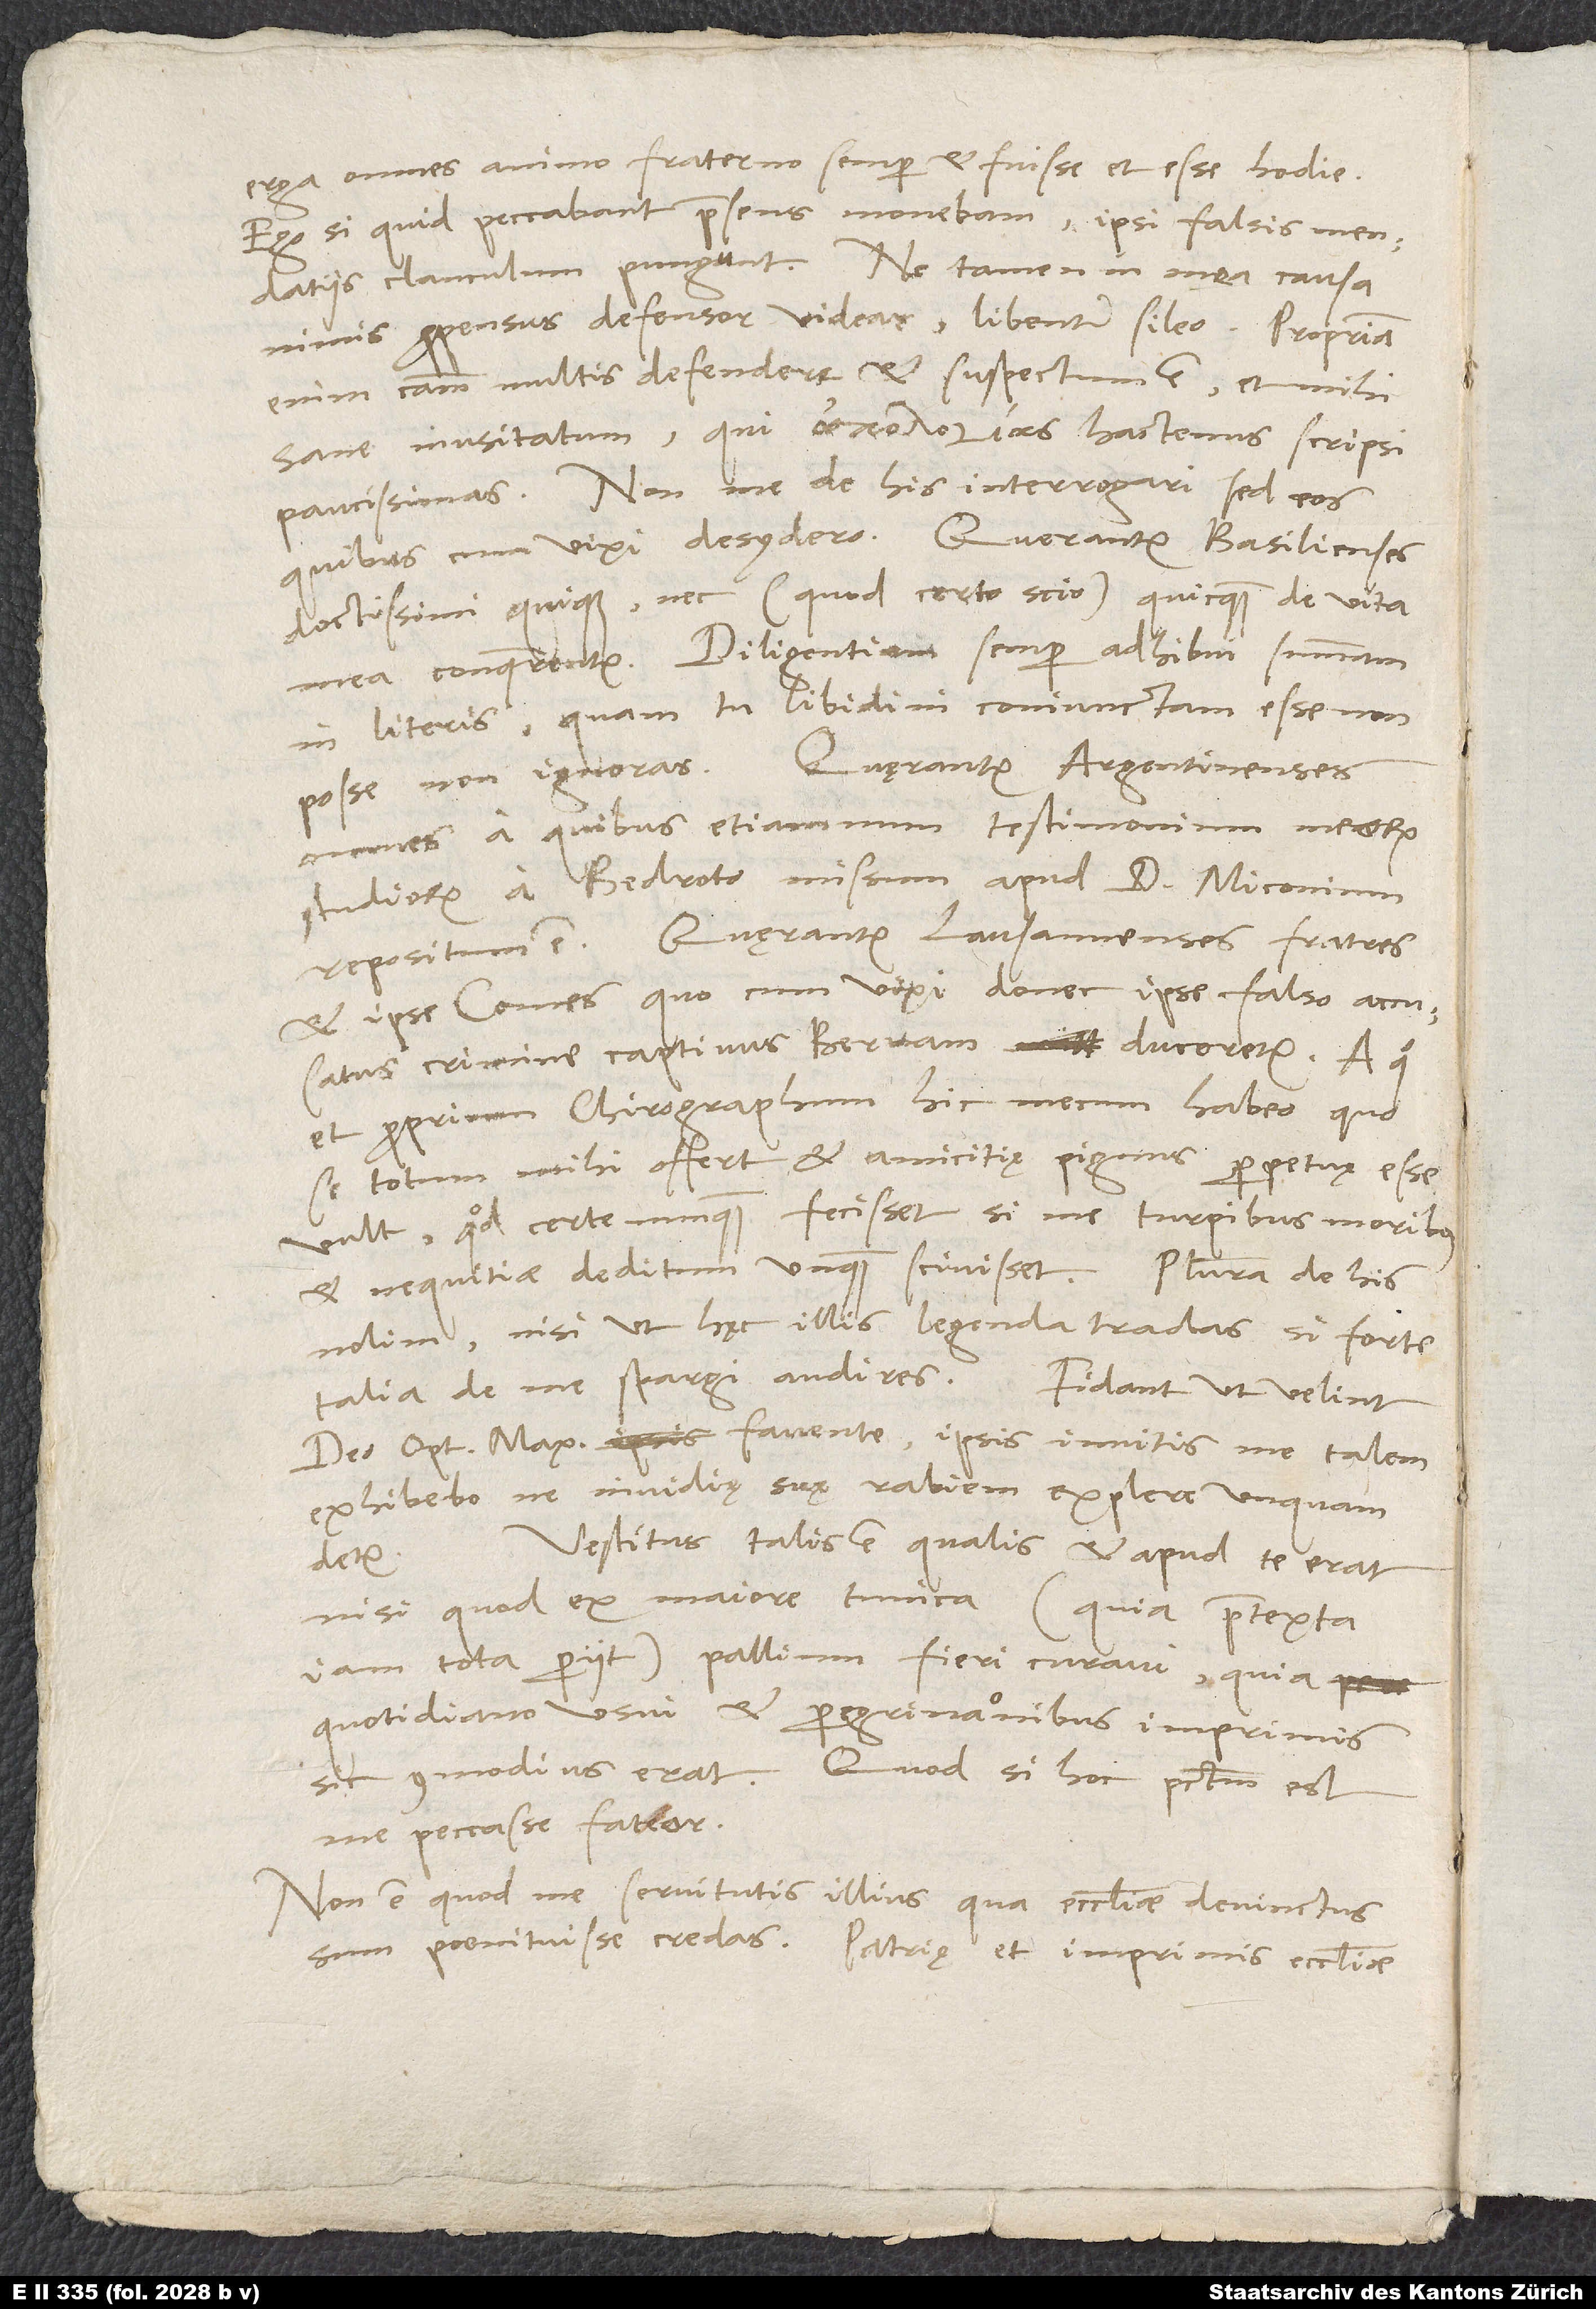
erga omnes animo fraterno semper et fuisse et esse hodie.
Ego, si quid peccabant, praesens monebam; ipsi falsis mendatiis
clanculum pungunt. Ne tamen in mea causa
nimis propensus defensor videar, libenter sileo; propriam
enim causam multis defendere et suspectum est et mihi
sane inusitatum, qui hactenus scripsi
paucissimas. Non me de his interrogari, sed eos,
quibus cum vixi, desydero. Querantur Basilienses
doctissimi quique nec (quod certo scio) quicquam de vita
mea conquerentur. Diligentiam semper adhibui summam
in literis, quam tu libidini coniunctam esse non
posse non ignoras. Quęrantur Argentinenses
omnes, a quibus etiamnum testimonium meorum
studiorum a Bedroto missum apud d. Miconium
et ipse Comes, quo cum vixi, donec ipse falso accusatus
crimine captivus Bernam duceretur, a quo
et proprium chirographum hic mecum habeo, quo
se totum mihi offert et amicitię pignus perpetuę esse
vult, quod certe nunquam fecisset, si me turpibus moribus
et nequitiae deditum unquam scivisset. Plura de his
nolim, nisi ut hęc illis legenda tradas, si forte
talia de me spargi audires. Fidant, ut velint;
deo optimo maximo favente ipsis invitis me talem
exhibebo, ne invidię suę rabiem explere unquam
Vestitus talis est, qualis et apud te erat,
detur.
nisi quod ex maiore tunica (quia praetexta
iam tota periit) pallium fieri curavi, quia
quotidiano usui et peregrinationibus imprimis
sic commodius erat. Quod si hoc peccatum est,
me peccasse fateor.
Non est, quod me servitutis illius, qua ecclesiae devinctus
poenituisse credas. Patrię et imprimis ecclesiae